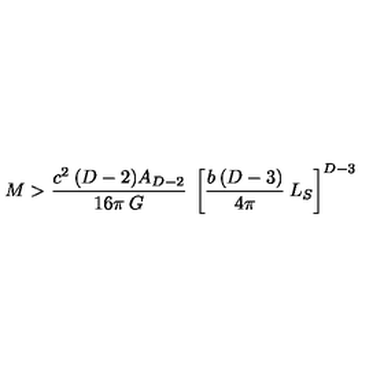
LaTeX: M > \frac { c ^ { 2 } \: ( D - 2 ) A _ { D - 2 } } { 1 6 \pi \: G } \: \left\lbrack \frac { b \: ( D - 3 ) } { 4 \pi } \: L _ { S } \right\rbrack ^ { D - 3 }